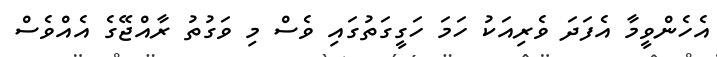
އެހެންވީމާ އެފަދަ ވެރިއަކު ހަމަ ހަގީގަތުގައި ވެސް މި ވަގުތު ރާއްޖޭގެ އެއްވެސް